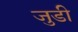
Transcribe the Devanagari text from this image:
जुडी